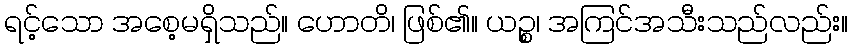
ရင့်သော အစေ့မရှိသည်။ ဟောတိ၊ ဖြစ်၏။ ယဉ္စ၊ အကြင်အသီးသည်လည်း။